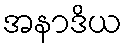
အနာဒိယ